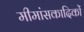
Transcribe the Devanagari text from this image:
मीमांसकादिकों